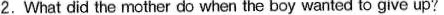
2. What did the mother do when the boy wanted to give up?